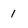
Character: 1